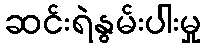
ဆင်းရဲနွမ်းပါးမှု